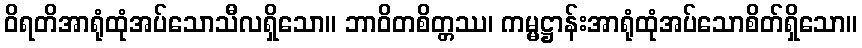
ဝိရတိအာရုံထုံအပ်သောသီလရှိသော။ ဘာဝိတစိတ္တဿ၊ ကမ္မဋ္ဌာန်းအာရုံထုံအပ်သောစိတ်ရှိသော။